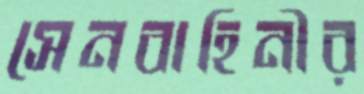
সেনবাহিনীর